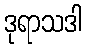
ဒုရာသဒါ